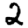
Digit: 2